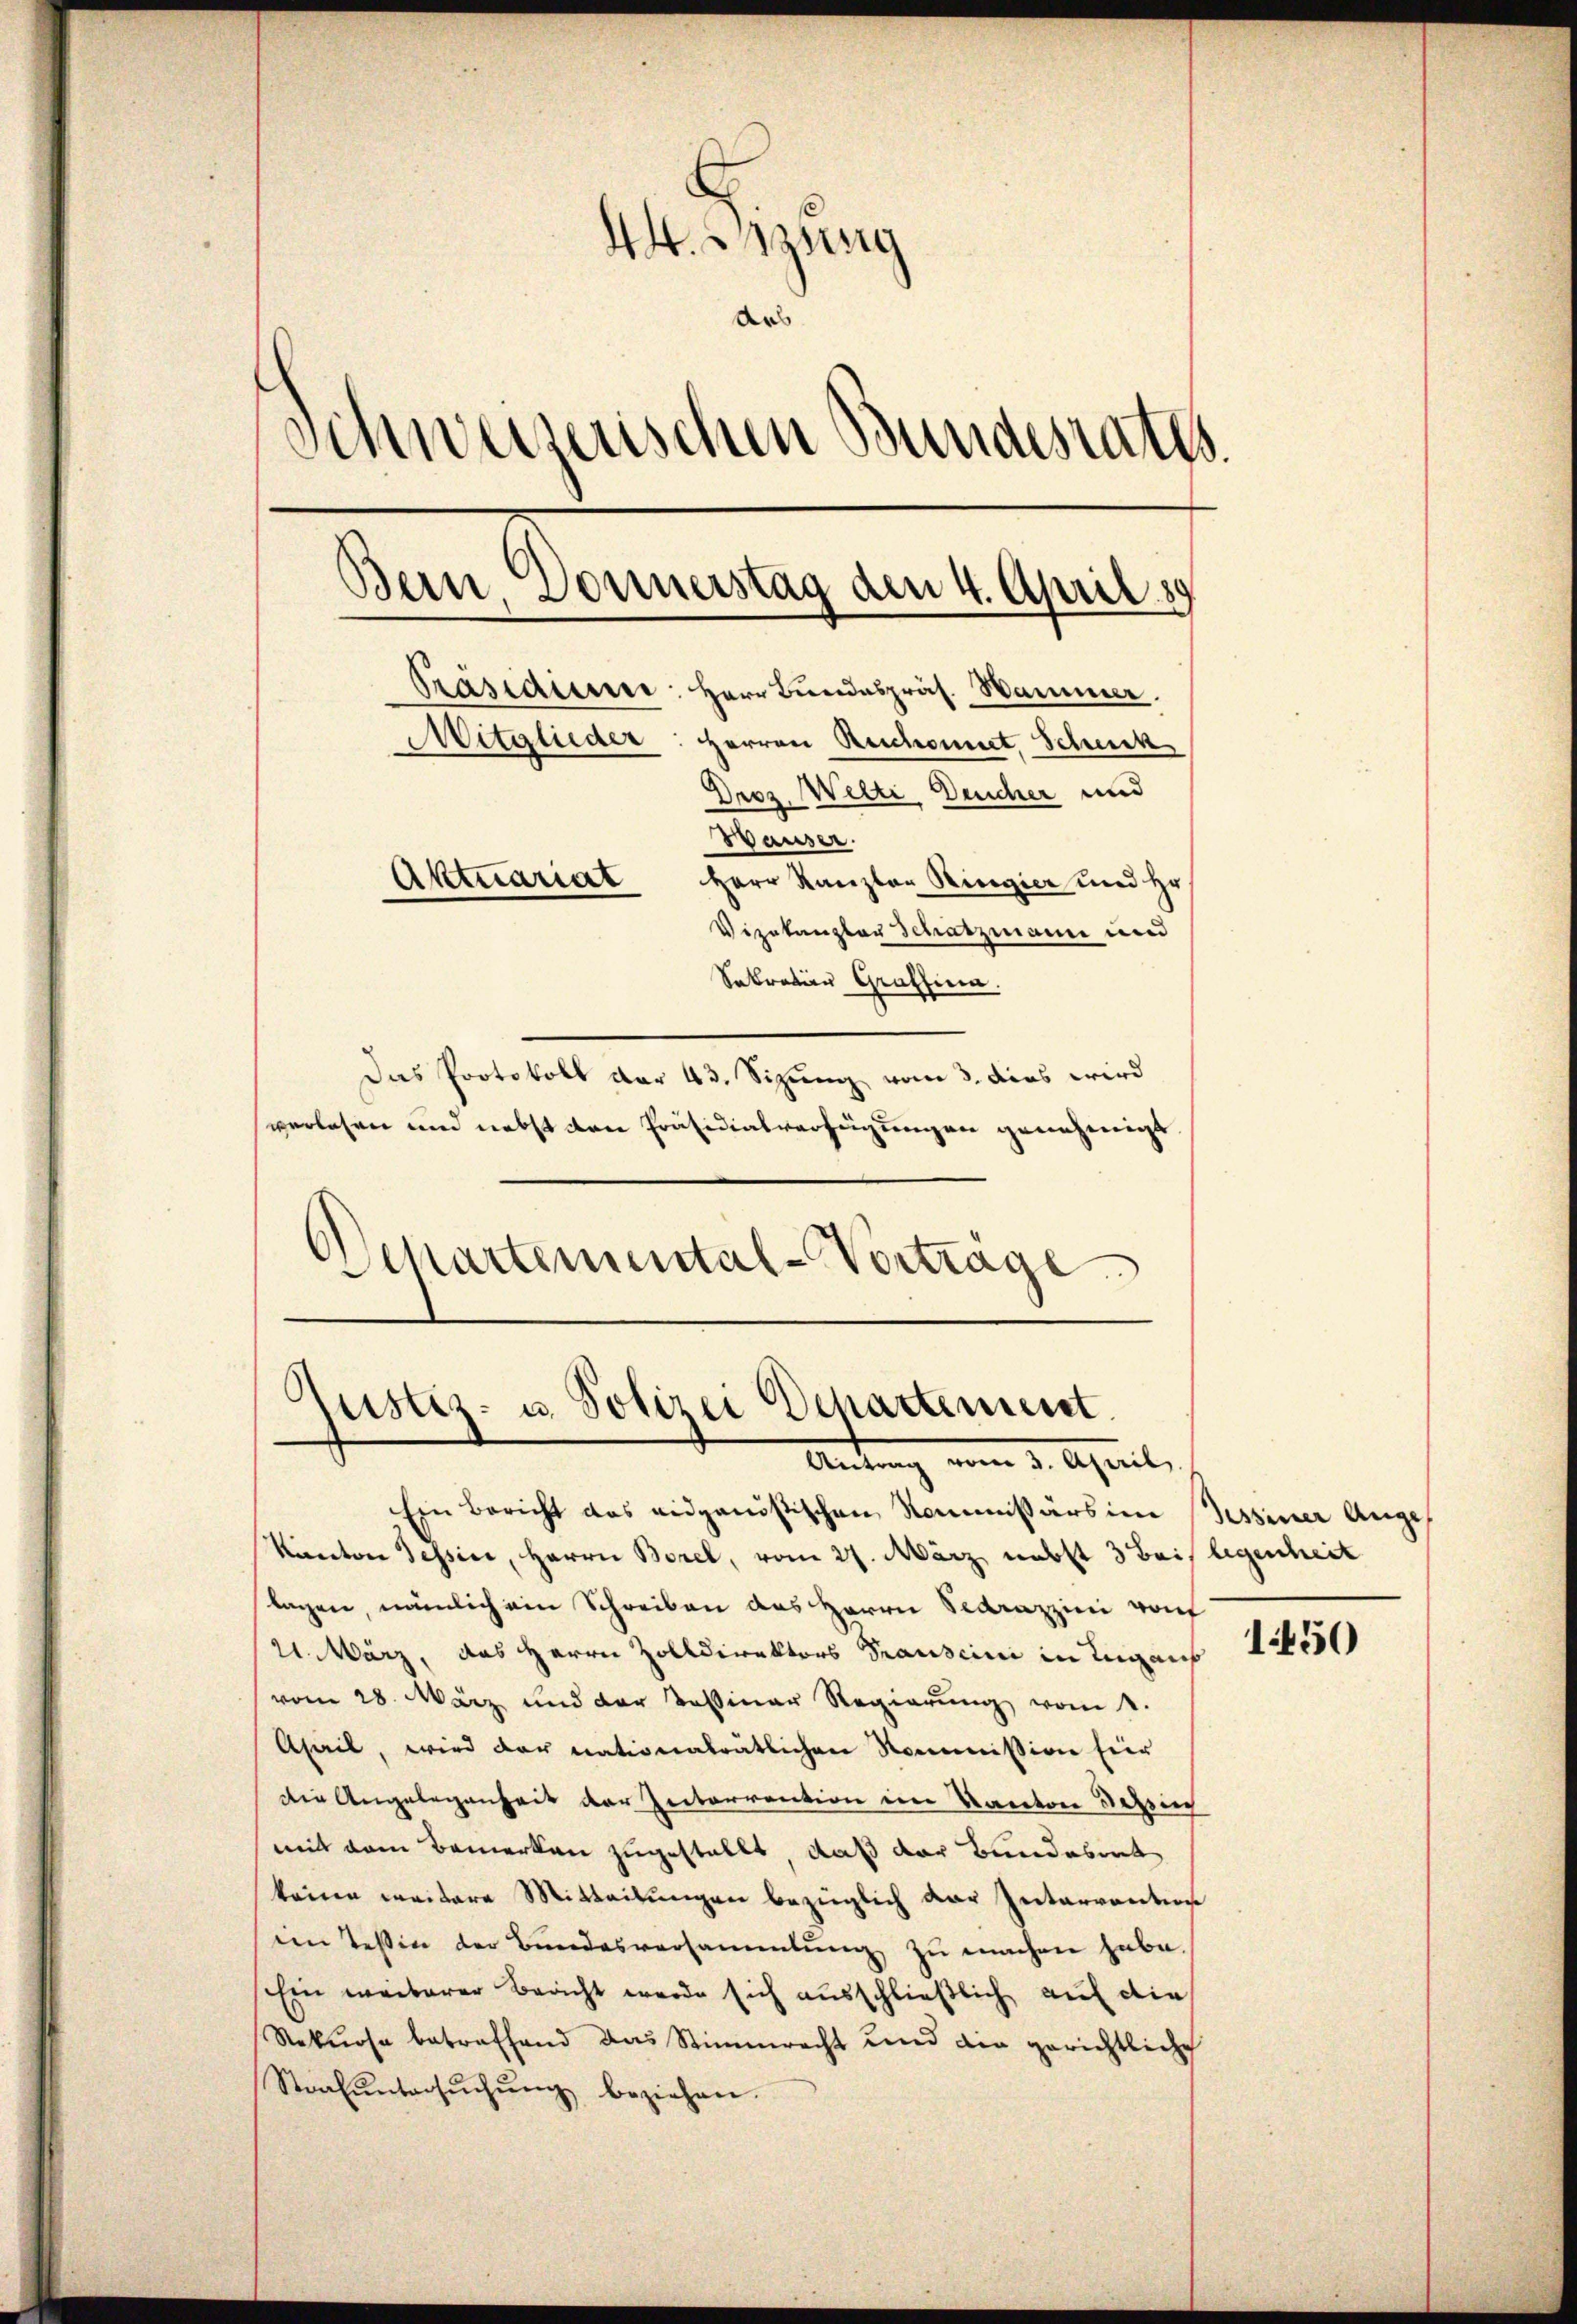
44. Bzung
das
Schweizerischen Bundesraths.
Bern, Donnerstag den 4. April 189
Präsidiere: Herr Bundespräs. Hammer.
Mitglieder: Herren Reschonnet, Schuck
Droz. Welti Deucher und
Wauser.
Herr Kanzler Ringier und Hr.
Aktuariat
Vizekanzler Schatzmann und
Sokration Graffina
Das Protokoll dar 43. Sizung vom 3. dies wird

verlesen und nebst den Präsidialverfügungen genehmigt
Departemental-Vortrage

Justiz- u. Polizei Departement.
Antrag vom 3. April,

Ein Bericht das eidgenössischen Kommissärs im Tessiner Auge
Kanton Tessine, Herrn Borel, vom 27. März nebst 3 Bei legenheit
tagen, nämlich ein Schreiben das Herrn Sedrazzini von
21. März, das Herrn Zolldirektors Prauseini in Luganf
vom 28. März und der Tessiner Regierung vom 1.
Ahail, wird der nationalrätlichen Kommission für
Die Angelegenheit der Interrention im Kanton Bezeich
mit dem Bemerken zugestellt, daß der Bundesrat
keine weitere Mitteilungen bezüglich der Intervention
im Teßin der Bŭndesversammlung zŭ machen habe.
Ein weiterer Beacht werde sich ausschließlich auf die
Rekurse betreffend das Stimmrecht und die gerichtliche
Strafŭntersŭchŭng beziehen.

1450